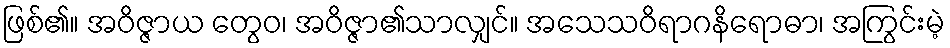
ဖြစ်၏။ အဝိဇ္ဇာယ တွေဝ၊ အဝိဇ္ဇာ၏သာလျှင်။ အသေသဝိရာဂနိရောဓာ၊ အကြွင်းမဲ့